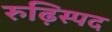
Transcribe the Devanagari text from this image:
रुढ़िस्पद